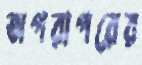
অপরাপরের